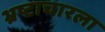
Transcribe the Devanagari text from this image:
भ्रष्टाचारला